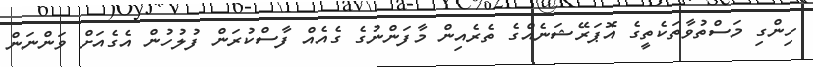
ހިންގި މަސްތުވާތަކެތީގެ އޮޕަރޭޝަނެއްގެ ތެރެއިން މާފަންނުގެ ގެއެއް ފާސްކުރަން ފުލުހުން އެގެއަށް ވަންނަން